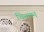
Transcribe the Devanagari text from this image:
चिनमन